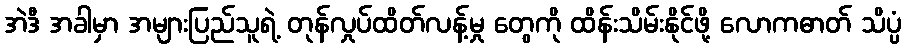
အဲဒီ အခါမှာ အများပြည်သူရဲ့ တုန်လှုပ်ထိတ်လန့်မှု တွေကို ထိန်းသိမ်းနိုင်ဖို့ လောကဓာတ် သိပ္ပံ